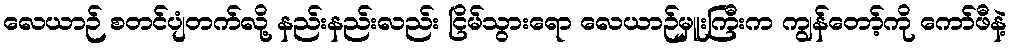
လေယာဉ် စတင်ပျံတက်လို့ နည်းနည်းလည်း ငြိမ်သွားရော လေယာဉ်မှူးကြီးက ကျွန်တော့်ကို ကော်ဖီနဲ့